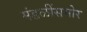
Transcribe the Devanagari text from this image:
मंडळींसमोर